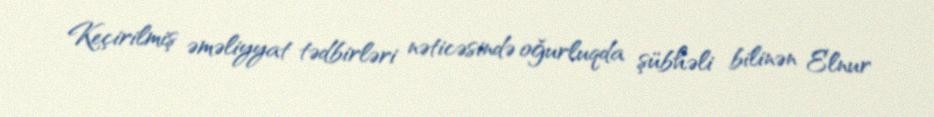
Keçirilmiş əməliyyat tədbirləri nəticəsində oğurluqda şübhəli bilinən Elnur